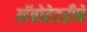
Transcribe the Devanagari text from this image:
लॅबोरेटरीचे